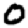
Digit: 0